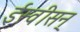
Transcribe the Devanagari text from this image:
ईस्वीसन्